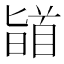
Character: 䭫